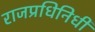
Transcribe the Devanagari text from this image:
राजप्रधिनिधी